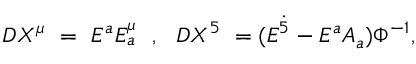
D X ^ { \mu } ~ = ~ E ^ { a } E _ { a } ^ { \mu } ~ ~ , ~ ~ D X ^ { 5 } ~ = ( E ^ { \dot { 5 } } - E ^ { a } A _ { a } ) \Phi ^ { - 1 } ,